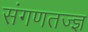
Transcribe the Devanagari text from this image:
संगणतज्ज्ञ